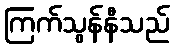
ကြက်သွန်နီသည်